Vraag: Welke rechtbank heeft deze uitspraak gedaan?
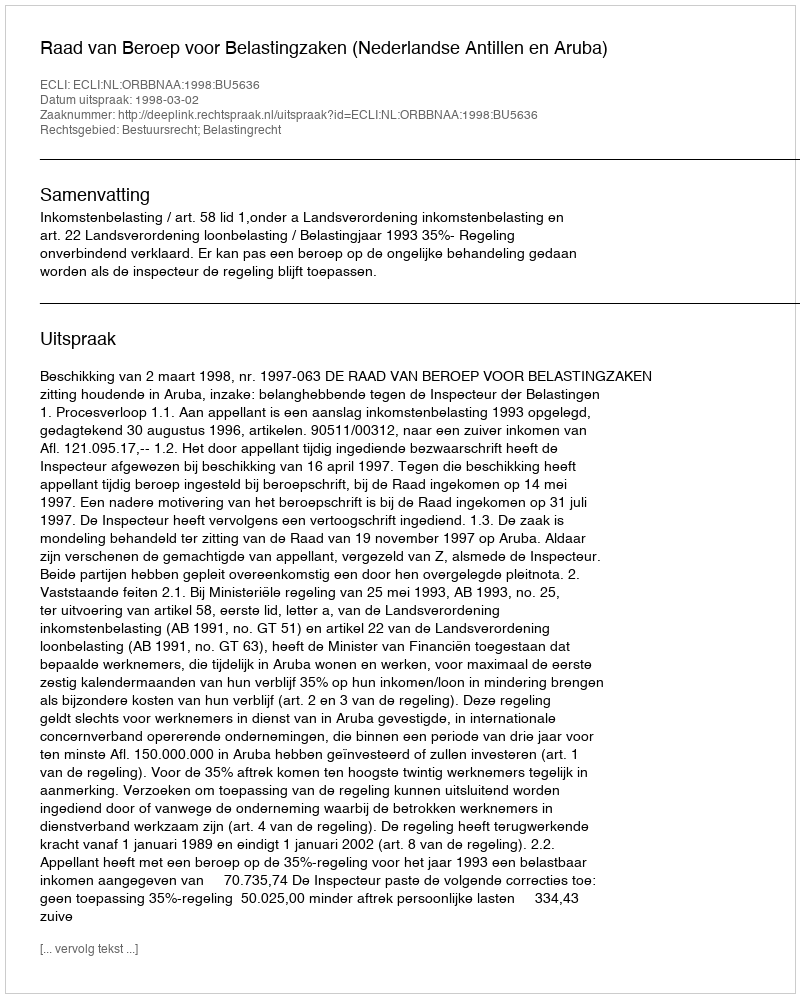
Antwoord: Raad van Beroep voor Belastingzaken (Nederlandse Antillen en Aruba)